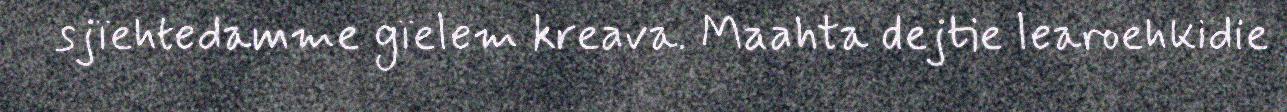
sjïehtedamme gïelem kreava. Maahta dejtie learoehkidie